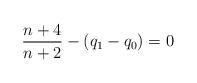
LaTeX: \begin{align*}\frac{n+4}{n+2}-(q_1-q_0)=0\end{align*}